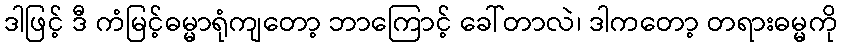
ဒါဖြင့် ဒီ ကံမြင့်ဓမ္မာရုံကျတော့ ဘာကြောင့် ခေါ်တာလဲ၊ ဒါကတော့ တရားဓမ္မကို